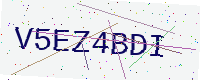
Text: V5EZ4BDI